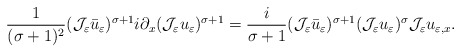
\begin{align*} \frac{1}{(\sigma+1)^{2}}(\mathcal{J}_{\varepsilon}\bar{u}_{\varepsilon})^{\sigma+1} i\partial_{x}(\mathcal{J}_{\varepsilon}u_{\varepsilon})^{\sigma+1} =\frac{i}{\sigma+1}(\mathcal{J}_{\varepsilon}\bar{u}_{\varepsilon})^{\sigma+1} (\mathcal{J}_{\varepsilon}u_{\varepsilon})^{\sigma}\mathcal{J}_{\varepsilon}u_{\varepsilon,x}.\end{align*}